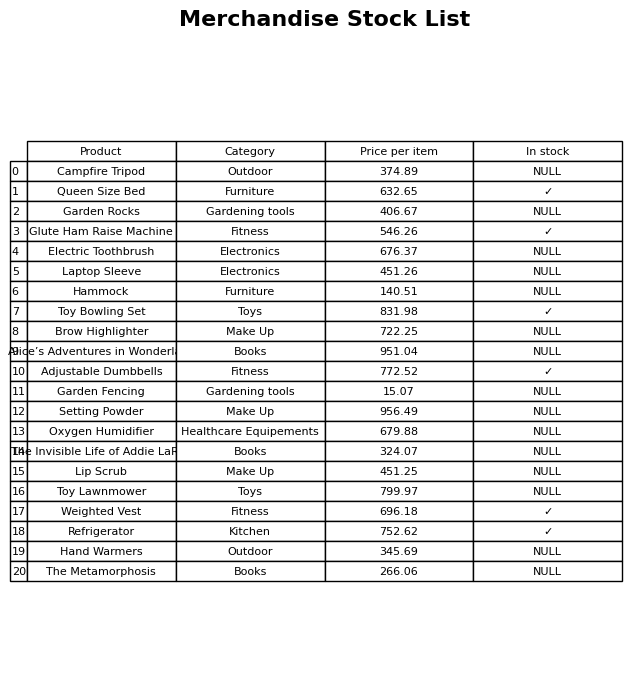
question: What is the price of the Toy Bowling Set?
answer: The price of Toy Bowling Set is 831.98.